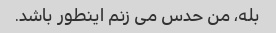
بله، من حدس می زنم اینطور باشد.